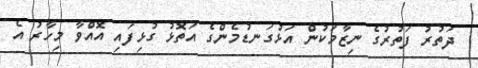
ދަތުރު ފަތުރުގެ ނިޒާމަކުން އަޅުގަނޑުމެންގެ އަތޮޅު ގުޅިފައި އޮއްވާ މިހާރު އެ